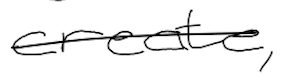
Text: create,
Cross-out: single-line
Writing tool: digital_black